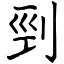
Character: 剄